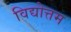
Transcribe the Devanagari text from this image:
विद्योत्तम